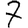
Digit: 7